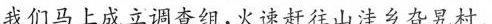
我们马上成立调查组，火速赶往山洼乡旮旯村。